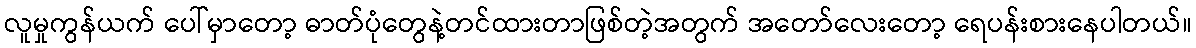
လူမှုကွန်ယက် ပေါ်မှာတော့ ဓာတ်ပုံတွေနဲ့တင်ထားတာဖြစ်တဲ့အတွက် အတော်လေးတော့ ရေပန်းစားနေပါတယ်။